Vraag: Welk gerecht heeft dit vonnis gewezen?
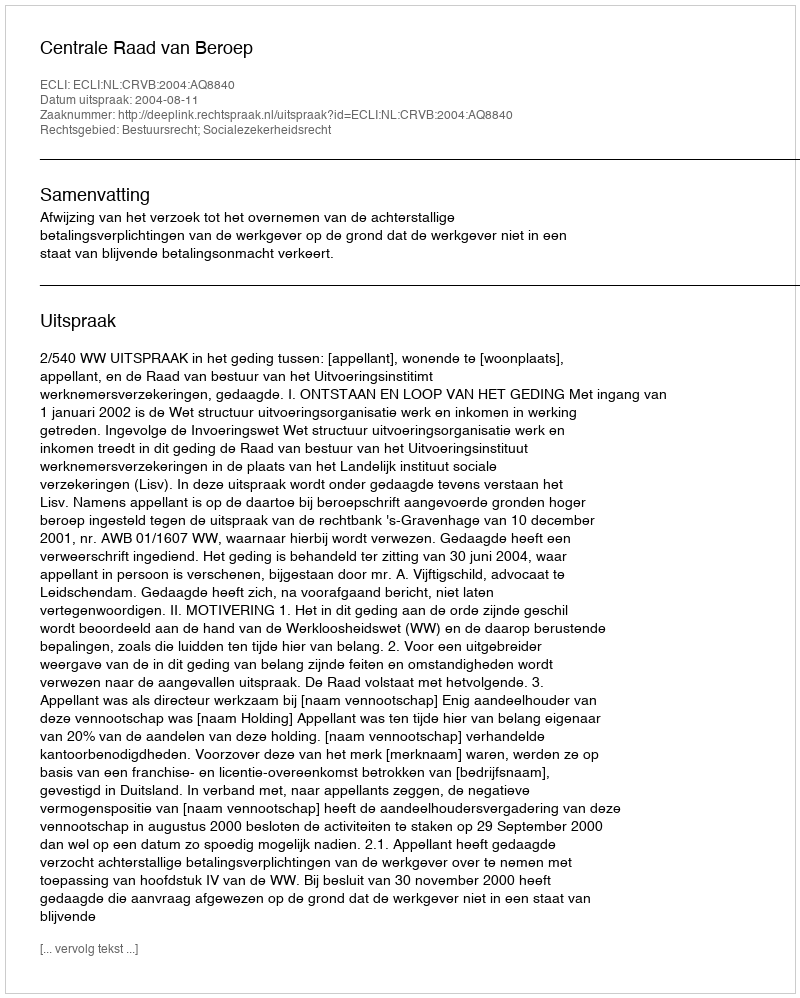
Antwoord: Centrale Raad van Beroep